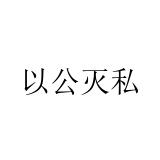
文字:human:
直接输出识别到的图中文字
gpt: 以公灭私